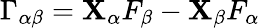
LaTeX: \Gamma_{\alpha\beta}=\mathbf{X}_{\alpha}F_{\beta}-\mathbf{X}_{\beta}F_{\alpha}